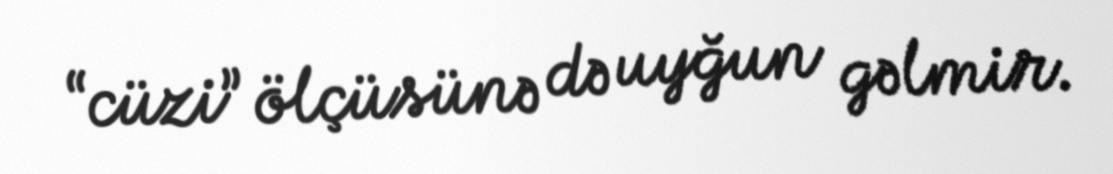
“cüzi” ölçüsünə də uyğun gəlmir.